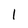
Character: l